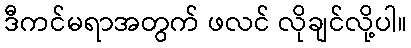
ဒီကင်မရာအတွက် ဖလင် လိုချင်လို့ပါ။